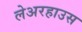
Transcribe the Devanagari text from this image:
लेअरहाउस